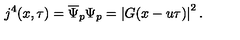
j ^ { 4 } ( x , \tau ) = \overline { { \Psi } } _ { p } \Psi _ { p } = \left| G ( x - u \tau ) \right| ^ { 2 } .